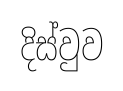
දිස්වුව